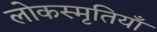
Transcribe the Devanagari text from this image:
लोकस्मृतियाँ